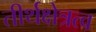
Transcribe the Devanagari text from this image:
तीर्थक्षेत्रत्व